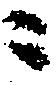
ニ